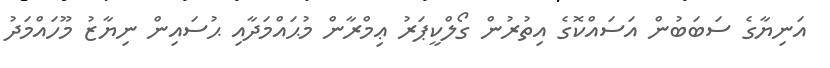
އަނިޔާގެ ސަބަބުން އަސައްކޮގެ އިތުރުން ގޯލްކީޕަރު ޢިމްރާން މުޙައްމަދާއި ޙުސައިން ނިޔާޒު މޫހައްމަދު